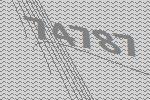
74787